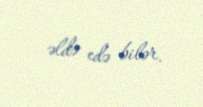
əldə edə bilər.